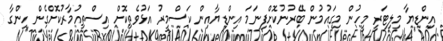
އިންޑޔާ މިލިޓަރީ މީހުން މިގައުމުން ބޭރުނުކޮށްފިނަމަ އިންޑިޔާއިން ކަސްމީރު އަޅުވެތިކޮށް އިސްތިއުމާރުކޮށްގެން ހިންގާ